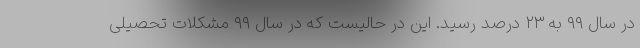
در سال ۹۹ به ۲۳ درصد رسید. این در حالیست که در سال ۹۹ مشکلات تحصیلی